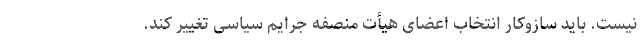
نیست. باید سازوکار انتخاب اعضای هیأت منصفه جرایم سیاسی تغییر کند.